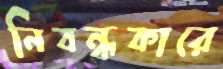
নিবন্ধকারে